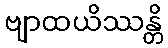
ဗျာထယိဿန္တိ